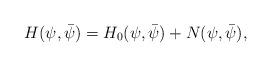
LaTeX: \begin{align*} H(\psi,\bar\psi) &= H_0(\psi,\bar\psi) + N(\psi,\bar\psi),\end{align*}